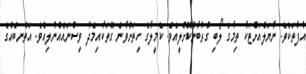
އުފާތަކެވެ. ނާޔަލްއަށްޓަކާ ތިމާގެ ލޯބި ގުރުބާންކޮށްލީއެވެ. ކެމީލާގެ ހިތަށްވާނެ ގޮތަކާއިމެދު ވިސްނައެއްނުލިއެވެ. އަތްނބެއްގެ